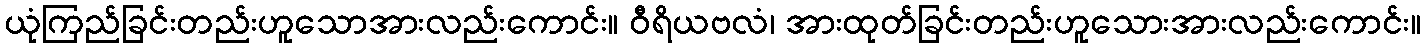
ယုံကြည်ခြင်းတည်းဟူသောအားလည်းကောင်း။ ဝီရိယဗလံ၊ အားထုတ်ခြင်းတည်းဟူသေားအားလည်းကောင်း။